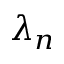
\lambda _ { n }